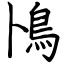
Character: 鳪